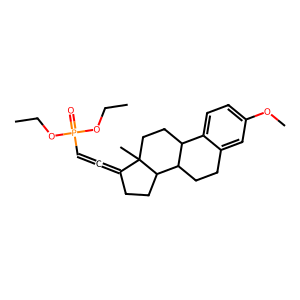
SMILES: CCOP(=O)(C=C=C1CCC2C3CCc4cc(OC)ccc4C3CCC12C)OCC
Inhibits HIV replication: No